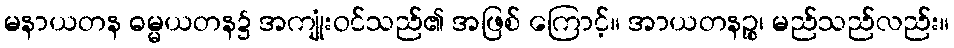
မနာယတန ဓမ္မယတန၌ အကျုံးဝင်သည်၏ အဖြစ် ကြောင့်။ အာယတနဉ္စ၊ မည်သည်လည်း။